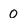
Character: 0